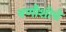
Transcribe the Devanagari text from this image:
वणौशीचे